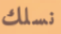
نسلك